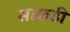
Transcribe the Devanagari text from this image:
साकडी